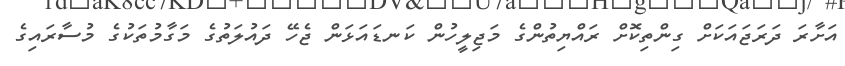
އަށާރަ ދަރަޖައަކަށް ގިންތިކޮށް ރައްޔިތުންގެ މަޖިލީހުން ކަނޑައަޅަން ޖެހޭ ދައުލަތުގެ މަގާމުތަކުގެ މުސާރައިގެ